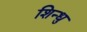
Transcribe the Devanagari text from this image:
शिन्धु